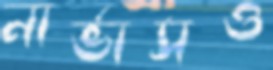
নার্ভাসও